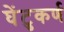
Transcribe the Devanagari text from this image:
घेंटुकर्ण